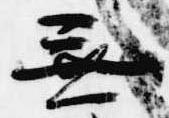
無